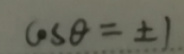
\(\cos\theta=\pm1\)